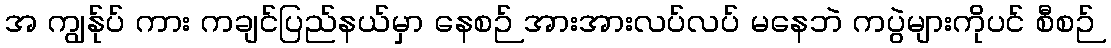
အ ကျွန်ုပ် ကား ကချင်ပြည်နယ်မှာ နေစဉ် အားအားလပ်လပ် မနေဘဲ ကပွဲများကိုပင် စီစဉ်